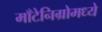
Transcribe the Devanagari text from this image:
माँटेनिग्रोमध्ये